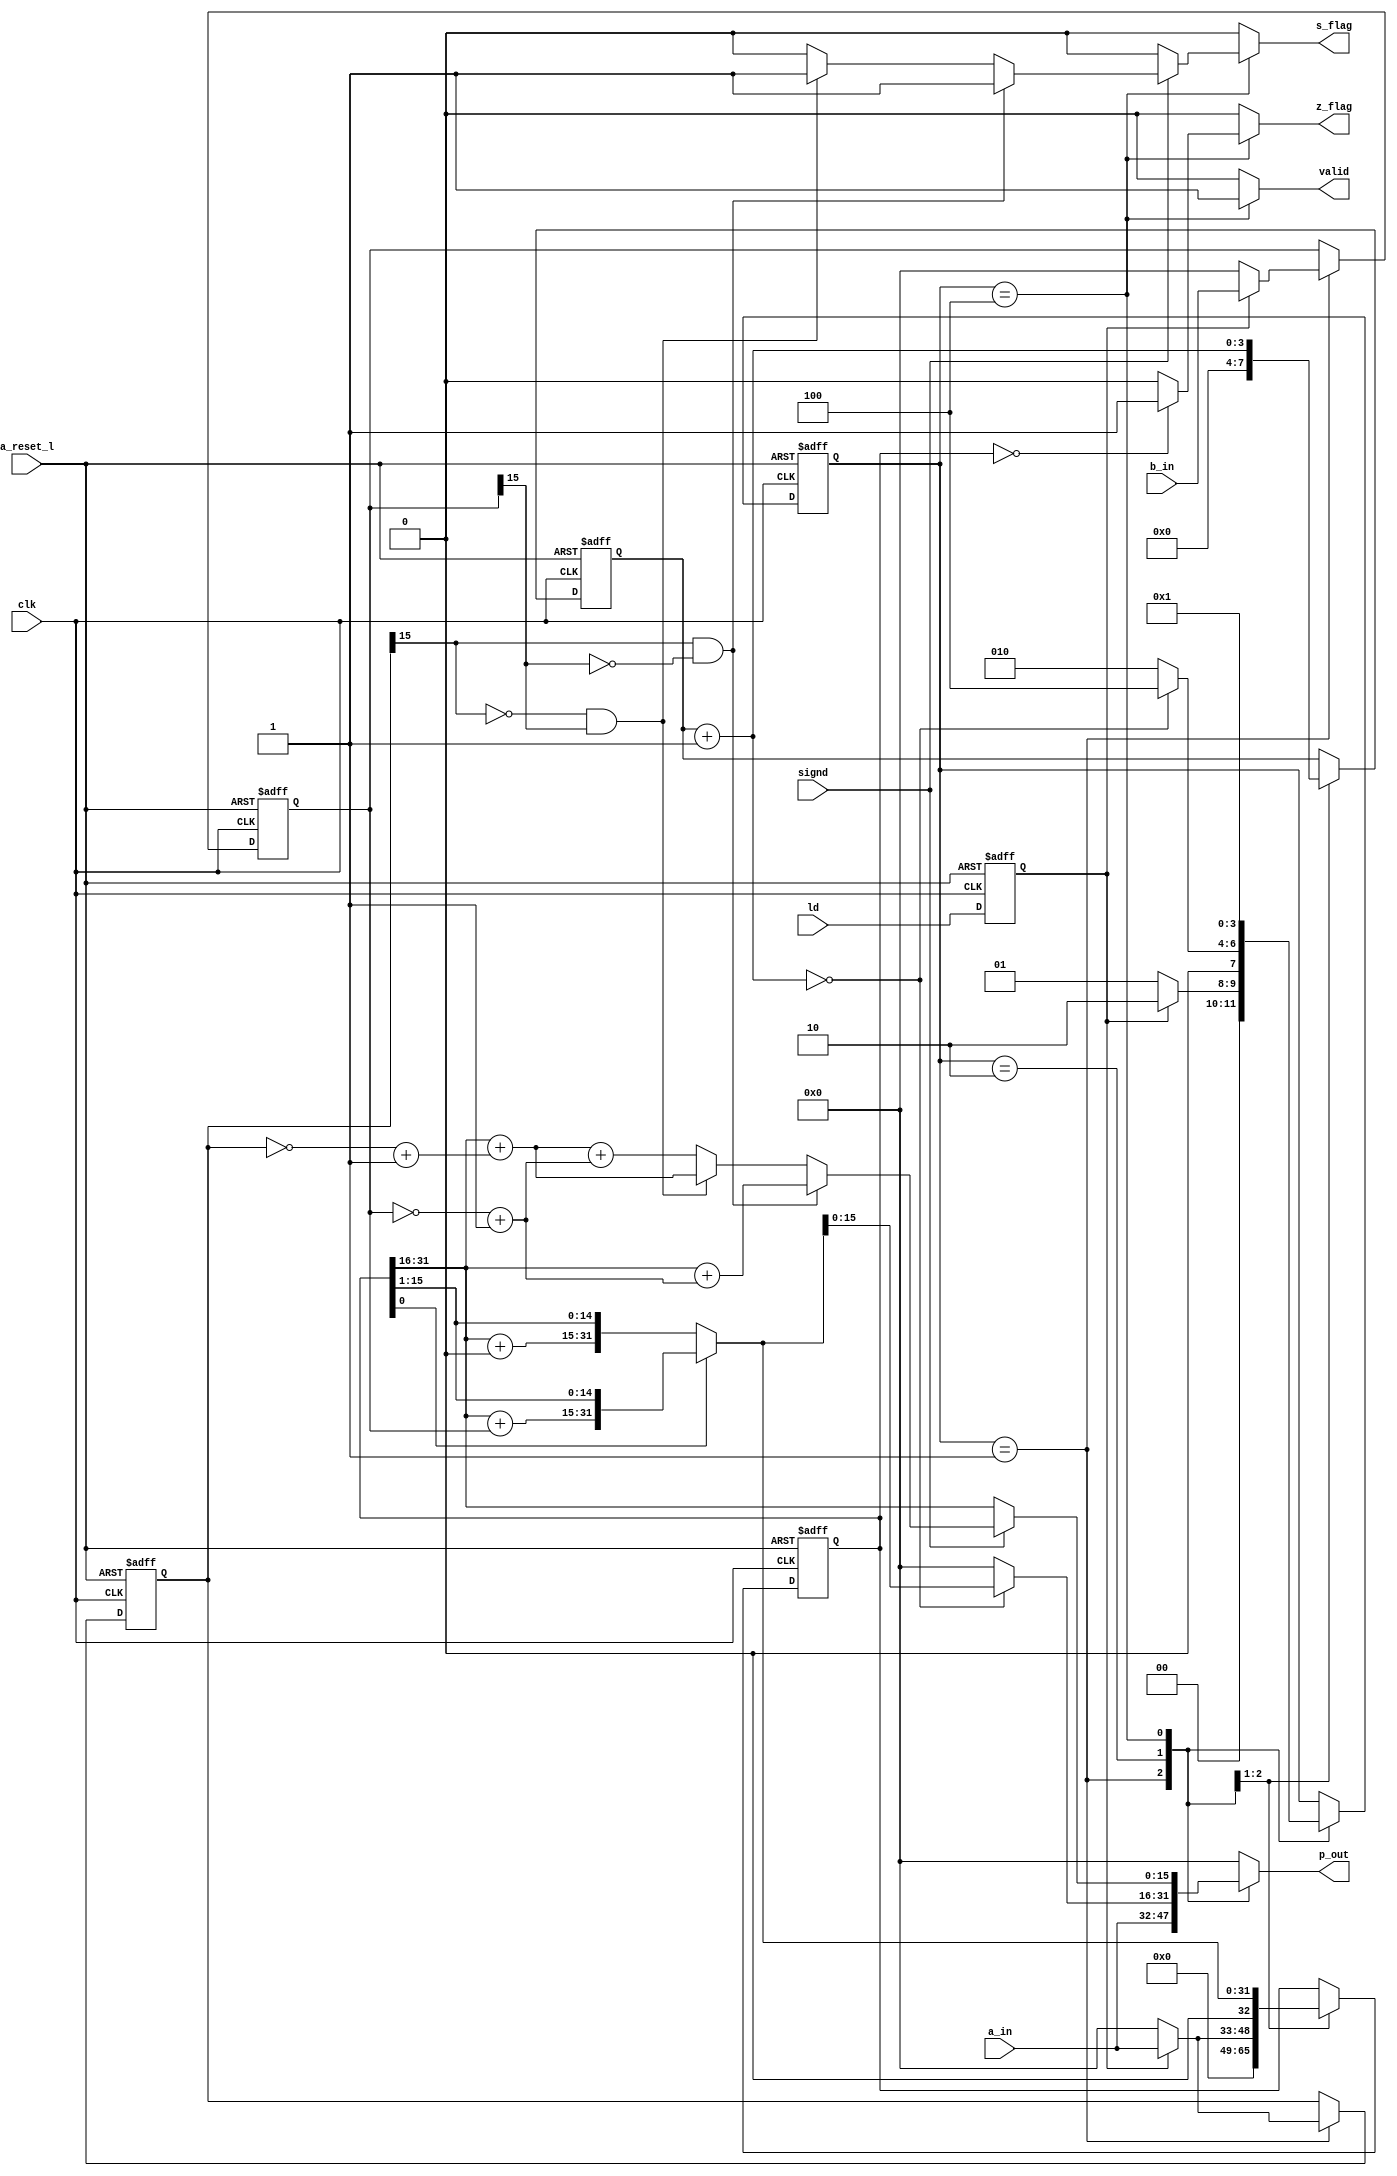
module alu_mul (
	a_in,
	b_in,
	signd,
	clk,
	a_reset_l,
	ld,	
	p_out,
	valid,
	z_flag,
	s_flag
);
	parameter data_wl	= 16;
	parameter op_wl 	= 8;

	input	[data_wl-1:0] 	a_in;
	input	[data_wl-1:0]	b_in;
	input 					signd;		// signed mult
	input					clk;
	input					a_reset_l;
	input					ld;			// load values start calculation
	output 	[data_wl-1:0]	p_out;		// product output
	output					valid;		// goes to one for second 16 bit part
	output					z_flag;
	output					s_flag;
		
	reg 	[data_wl-1:0]		p_out_reg;
	reg 	[2*data_wl:0]		pa_reg, nxt_pa_reg; //one bit wider for carry
	reg		[data_wl-1:0]		a_reg, nxt_a_reg;
	reg		[data_wl-1:0]		b_reg, nxt_b_reg;
	
	reg 	ld_reg;
	reg		valid_reg, nxt_valid_reg;
	reg 	z_flag_reg;
	reg 	s_flag_reg;
	reg		[3:0] cnt, nxt_cnt;
	
	localparam [3:0]
    IDLE  = 4'b0001,
    ADD   = 4'b0010,
	OUTP  = 4'b0100;
	reg [3:0] current_state, next_state;
	
	always @(posedge clk or negedge a_reset_l)
	begin
		if (a_reset_l == 1'b0)
			begin
				current_state <= IDLE;
				pa_reg  <= 'b0;
				a_reg	<= 'b0;
				b_reg	<= 'b0;
				cnt  	<= 'b0;
				ld_reg	<= 'b0;
			end
		else
			begin
				current_state <= next_state;
				pa_reg 	<= nxt_pa_reg;
				a_reg	<= nxt_a_reg;
				b_reg	<= nxt_b_reg;
				cnt 	<= nxt_cnt;
				ld_reg	<= ld;
			end
	end

   	always @(*)
	begin	
		p_out_reg 	= 'b0;
		valid_reg 	= 1'b0;
		z_flag_reg 	= 1'b0;
		s_flag_reg 	= 1'b0;
		nxt_pa_reg 	= pa_reg;
		nxt_a_reg	= a_reg;
		nxt_b_reg	= b_reg;
		next_state	= current_state;
		nxt_cnt 	= cnt;
	
		case (current_state )
			IDLE:
				begin		
					p_out_reg 	= a_in;			
			  		if(ld_reg == 1'b1)
						begin
							nxt_pa_reg = 'b0;
							nxt_pa_reg[data_wl-1:0] = a_in;	// capture input
							nxt_a_reg  <= a_in;
							nxt_b_reg  <= b_in;
							nxt_cnt    = 'b0;
							next_state = ADD;
							
						end
					else
						begin
							nxt_pa_reg = 'b0;
							nxt_a_reg  = 'b0;
							nxt_b_reg  = 'b0;
							nxt_cnt    = 'b0;
							next_state 	= IDLE;	// stay in current state
		
						end	
				end
			ADD:
				begin
				
					if(pa_reg[0] == 1'b0) 
						begin
							nxt_pa_reg[2*data_wl:data_wl] = pa_reg[2*data_wl-1:data_wl] + 0;
							nxt_pa_reg = nxt_pa_reg >> 1;
						end
					else
						begin
							nxt_pa_reg[2*data_wl:data_wl] = pa_reg[2*data_wl-1:data_wl] + b_reg;
							nxt_pa_reg = nxt_pa_reg >> 1;
						end
					
					nxt_cnt  = cnt + 1;
					if(nxt_cnt == 0) 
						begin
							next_state = OUTP;
							//valid_reg = 1'b1;
							p_out_reg = nxt_pa_reg[data_wl-1:0];	//lower byte to output port as it is
						end
					else 
						next_state = ADD;
					
				end
			OUTP:
				begin
					valid_reg = 1'b1;	// output upper part 
					if(signd == 1'b1)	// correction of upper byte required if signed
						begin
							
							if(a_reg[data_wl-1] == 1'b1 && b_reg[data_wl-1] == 1'b0 )		 // only A negative
								begin
									p_out_reg = nxt_pa_reg[2*data_wl-1:data_wl] + (~b_reg+1);
									s_flag_reg = 1'b1;
								end
							else if(a_reg[data_wl-1] == 1'b0 && b_reg[data_wl-1] == 1'b1 )	 // only B negative
								begin
									p_out_reg = nxt_pa_reg[2*data_wl-1:data_wl] + (~a_reg+1);
									s_flag_reg = 1'b1;
								end
							else
								p_out_reg = nxt_pa_reg[2*data_wl-1:data_wl] + (~a_reg+1) + (~b_reg+1);
							
							
						end
					else 
						begin
							p_out_reg = nxt_pa_reg[2*data_wl-1:data_wl];
							s_flag_reg = 1'b0;
						end
					
					if(nxt_pa_reg == 0)
						z_flag_reg = 1'b1; // zero flag 
					else
						z_flag_reg = 1'b0;
						
					next_state = IDLE;
				end
				
			default:
				begin
				end
			
		endcase
	end //always
	
	assign p_out = p_out_reg;
	assign valid = valid_reg;
	assign z_flag = z_flag_reg;
	assign s_flag = s_flag_reg;
	
endmodule